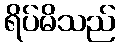
ရိပ်မိသည်